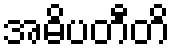
အဓိပတီတိ